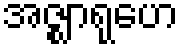
အဇ္ဈာရုဟေ